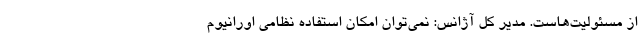
از مسئولیت‌هاست. مدیر کل آژانس: نمی‌توان امکان استفاده نظامی اورانیوم